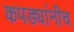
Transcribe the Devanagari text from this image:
कपड्यांनीच